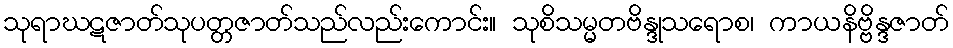
သုရာဃဋဇာတ်သုပတ္တဇာတ်သည်လည်းကောင်း။ သုစိသမ္မတဗိန္ဒုသရောစ၊ ကာယနိဗ္ဗိန္ဒဇာတ်